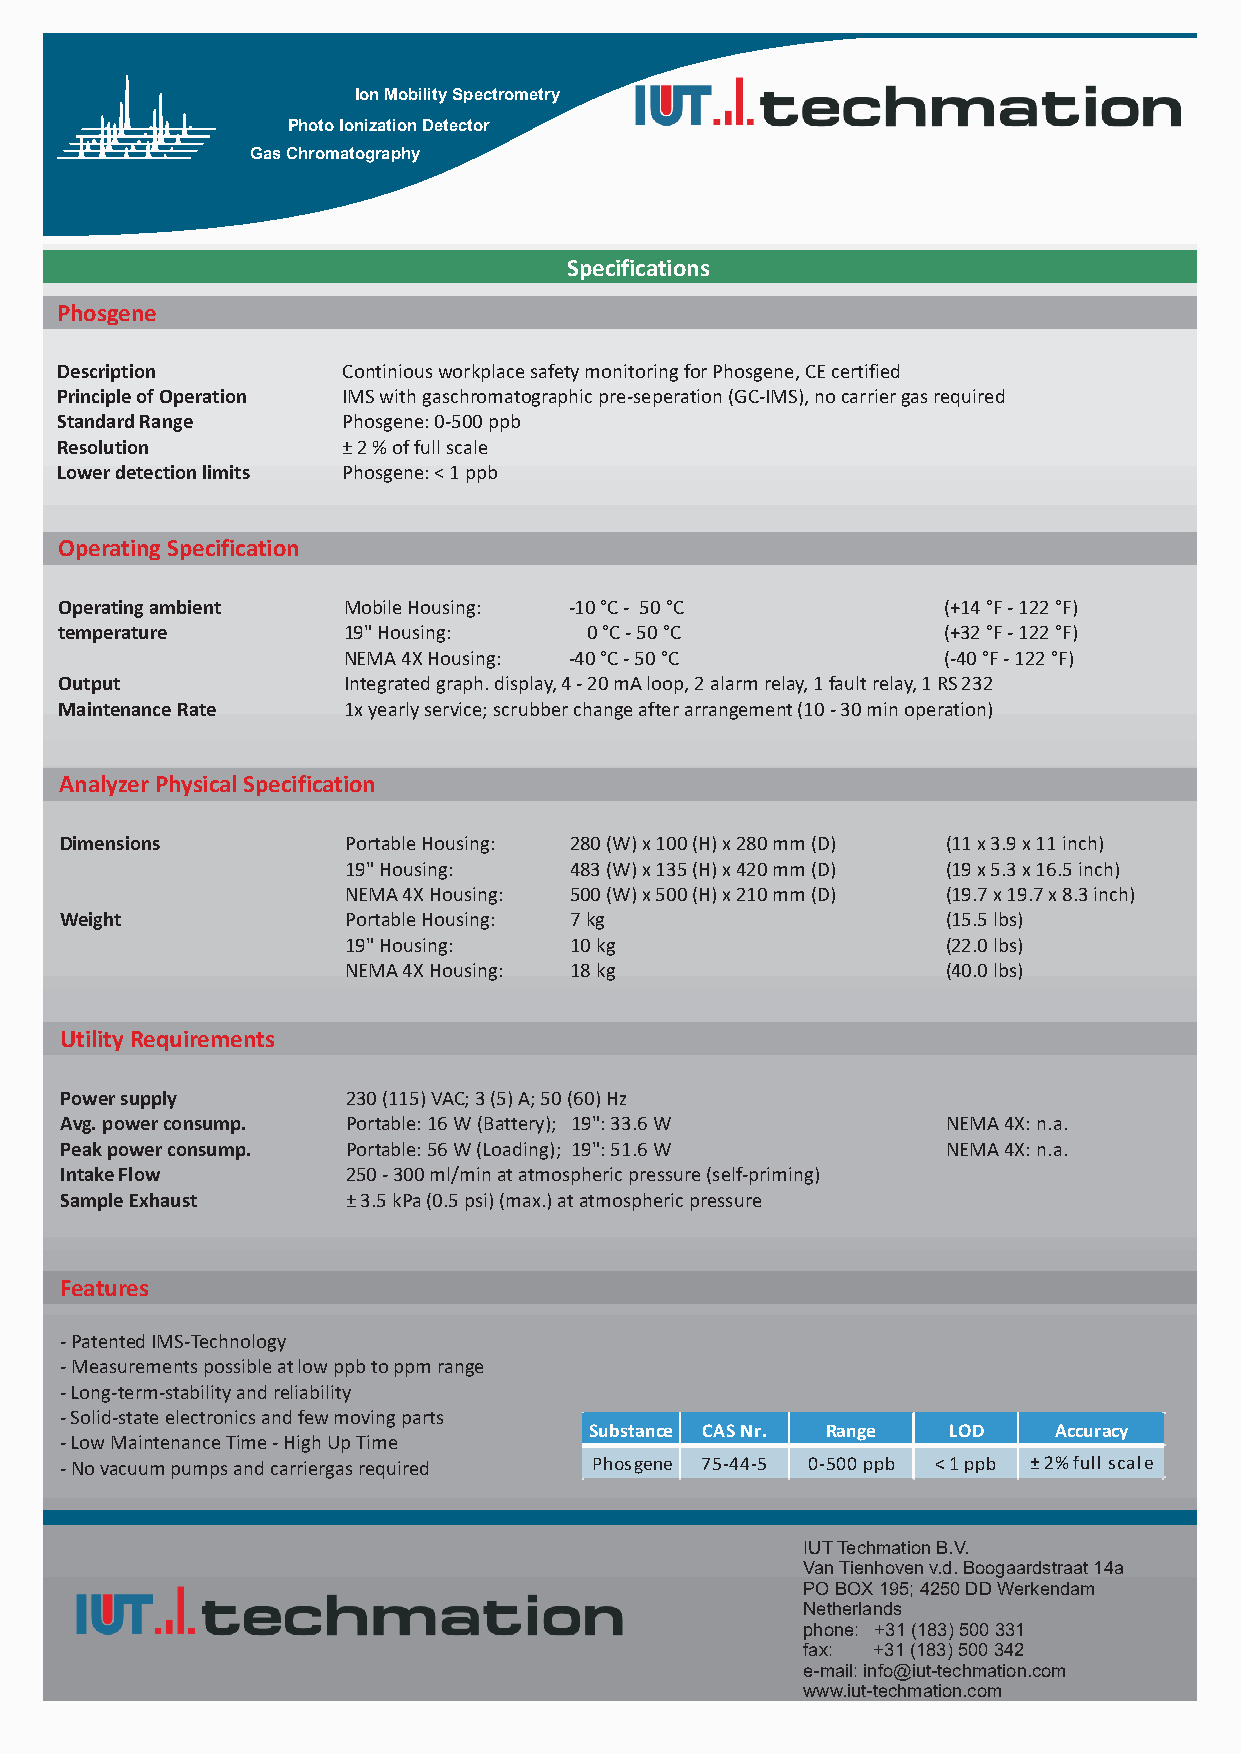
Ion Mobility Spectrometry
 Photo Ionization Detector
 Gas Chromatography
 Specifications
 Phosgene
 Description        Continious workplace safety monitoring for Phosgene, CE certified
 Principle of Operation IMS with gaschromatographic pre-seperation (GC-IMS), no carrier gas required
 Standard Range     Phosgene: 0-500 ppb
 Resolution         ± 2 % of full scale
 Lower detection limits Phosgene: < 1 ppb
 Operating Specification
 Operating ambient  Mobile Housing: -10 °C - 50 °C         (+14 °F - 122 °F)
 temperature        19" Housing:    0 °C - 50 °C           (+32 °F - 122 °F)
 NEMA 4X Housing: -40 °C - 50 °C        (-40 °F - 122 °F)
 Output             Integrated graph. display, 4 - 20 mA loop, 2 alarm relay, 1 fault relay, 1 RS 232
 Maintenance Rate   1x yearly service; scrubber change after arrangement (10 - 30 min operation)
 Analyzer Physical Specification
 Dimensions         Portable Housing: 280 (W) x 100 (H) x 280 mm (D) (11 x 3.9 x 11 inch)
 19" Housing:   483 (W) x 135 (H) x 420 mm (D) (19 x 5.3 x 16.5 inch)
 NEMA 4X Housing: 500 (W) x 500 (H) x 210 mm (D) (19.7 x 19.7 x 8.3 inch)
 Weight             Portable Housing: 7 kg                  (15.5 lbs)
 19" Housing:   10 kg                    (22.0 lbs)
 NEMA 4X Housing: 18 kg                  (40.0 lbs)
 Utility Requirements
 Power supply       230 (115) VAC; 3 (5) A; 50 (60) Hz
 Avg. power consump. Portable: 16 W (Battery); 19": 33.6 W  NEMA 4X: n.a.
 Peak power consump. Portable: 56 W (Loading); 19": 51.6 W  NEMA 4X: n.a.
 Intake Flow        250 - 300 ml/min at atmospheric pressure (self-priming)
 Sample Exhaust     ± 3.5 kPa (0.5 psi) (max.) at atmospheric pressure
 Features
 - Patented IMS-Technology
 - Measurements possible at low ppb to ppm range
 - Long-term-stability and reliability
 - Solid-state electronics and few moving parts
 Substance CAS Nr. Range LOD    Accuracy
 - Low Maintenance Time - High Up Time
 - No vacuum pumps and carriergas required Phosgene 75-44-5 0-500 ppb < 1 ppb ± 2% full scale
 IUT Techmation B.V.
 Van Tienhoven v.d. Boogaardstraat 14a
 PO BOX 195; 4250 DD Werkendam
 Netherlands
 phone: +31 (183) 500 331
 fax: +31 (183) 500 342
 e-mail: info@iut-techmation.com
 www.iut-techmation.com